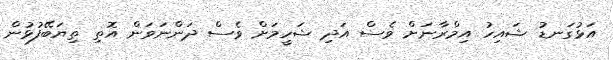
އަޅުގަނޑު ޝައިހު އިމްރާނަށް ވެސް އަދި ޝަހީމަށް ވެސް ދަންނަވަން އޮތި ތިޔަބޭފުޅުން